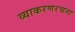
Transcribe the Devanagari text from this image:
व्याकरणरचना